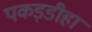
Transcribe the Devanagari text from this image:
पकड़डीहा